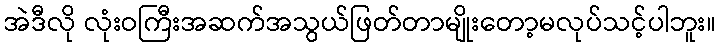
အဲဒီလို လုံးဝကြီးအဆက်အသွယ်ဖြတ်တာမျိုးတော့မလုပ်သင့်ပါဘူး။